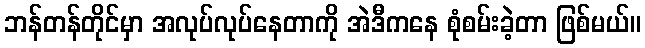
ဘန်တန်တိုင်မှာ အလုပ်လုပ်နေတာကို အဲဒီကနေ စုံစမ်းခဲ့တာ ဖြစ်မယ်။